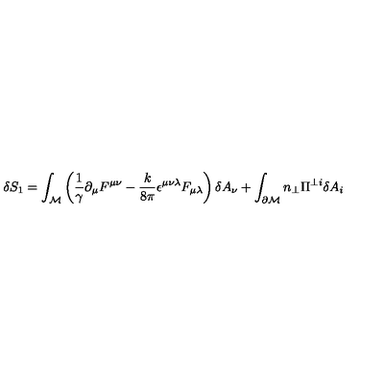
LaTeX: \delta S _ { 1 } = \int _ { \cal M } \left( \frac { 1 } { \gamma } \partial _ { \mu } F ^ { \mu \nu } - \frac { k } { 8 \pi } \epsilon ^ { \mu \nu \lambda } F _ { \mu \lambda } \right) \delta A _ { \nu } + \int _ { \partial \cal M } n _ { \perp } \Pi ^ { \perp i } \delta A _ { i }